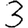
Digit: 3